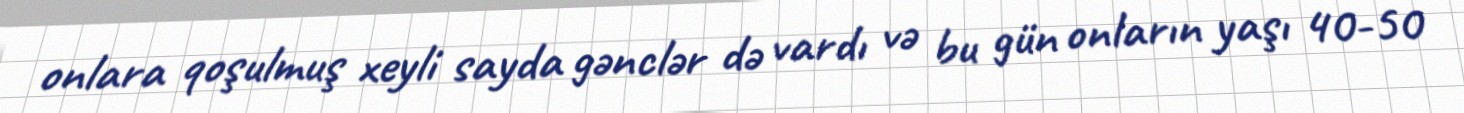
onlara qoşulmuş xeyli sayda gənclər də vardı və bu gün onların yaşı 40-50